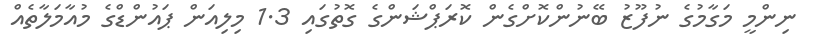
ނިންމީ މަގާމުގެ ނުފޫޒު ބޭނުންކޮށްގެން ކޮރަޕްޝަންގެ ގޮތުގައި 1.3 މިލިއަން ޕައުންޑްގެ މުއާމަލާތެއް